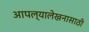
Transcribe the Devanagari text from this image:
आपल्यालेखनासाठी